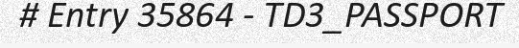
# Entry 35864 - TD3_PASSPORT